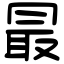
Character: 最